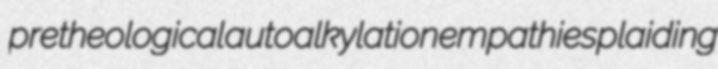
pretheological autoalkylation empathies plaiding